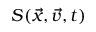
S ( \vec { x } , \vec { v } , t )